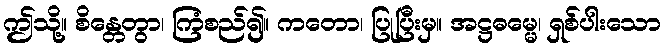
ဤသို့။ စိန္တေတွာ၊ ကြံစည်၍။ ကတော၊ ပြုပြီးမှ။ အဋ္ဌဓမ္မေ၊ ရှစ်ပါးသော